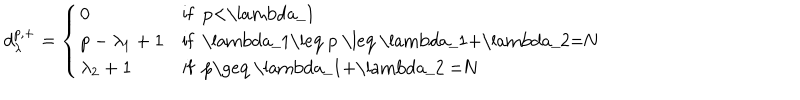
d _ { \lambda } ^ { p , + } = \left\{ \begin{array} { l l l } { { 0 } } & { { \mathrm { i f ~ p < \ l a m b d a _ { 1 } ~ } } } \\ { { p - \lambda _ { 1 } + 1 } } & { { \mathrm { i f ~ \ l a m b d a _ { 1 } \leq ~ p ~ \leq ~ \ l a m b d a _ { 1 } + \ l a m b d a _ { 2 } = N ~ } } } \\ { { \lambda _ { 2 } + 1 } } & { { \mathrm { i f ~ p \geq ~ \ l a m b d a _ { 1 } + \ l a m b d a _ { 2 } ~ = N ~ } } } \\ \end{array} \right.